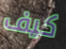
كيف